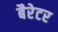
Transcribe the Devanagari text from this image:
बैरेटर